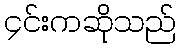
၄င်းကဆိုသည်